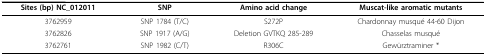
<table><thead><tr><td><b>Sites (bp) NC_012011</b></td><td><b>SNP</b></td><td><b>Amino acid change</b></td><td><b>Muscat-like aromatic mutants</b></td></tr></thead><tbody><tr><td>3762959</td><td>SNP 1784 (T/C)</td><td>S272P</td><td>Chardonnay musqué 44-60 Dijon</td></tr><tr><td>3762826</td><td>SNP 1917 (A/G)</td><td>Deletion GVTKQ 285-289</td><td>Chasselas musqué</td></tr><tr><td>3762761</td><td>SNP 1982 (C/T)</td><td>R306C</td><td>Gewürztraminer *</td></tr></tbody></table>